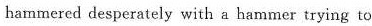
hammered desperately with a hammer trying to